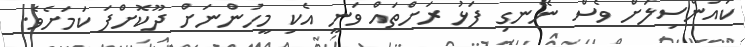
ކައުންސިލަށް ވެސް ނޭނގި ފަޅު ރަށްތައް ވަނީ އެކި މީހުންނަށް ދޫކޮށްފަ ކަމަށެވެ.